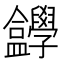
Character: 𡦸